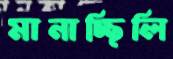
মানাচ্ছিলি